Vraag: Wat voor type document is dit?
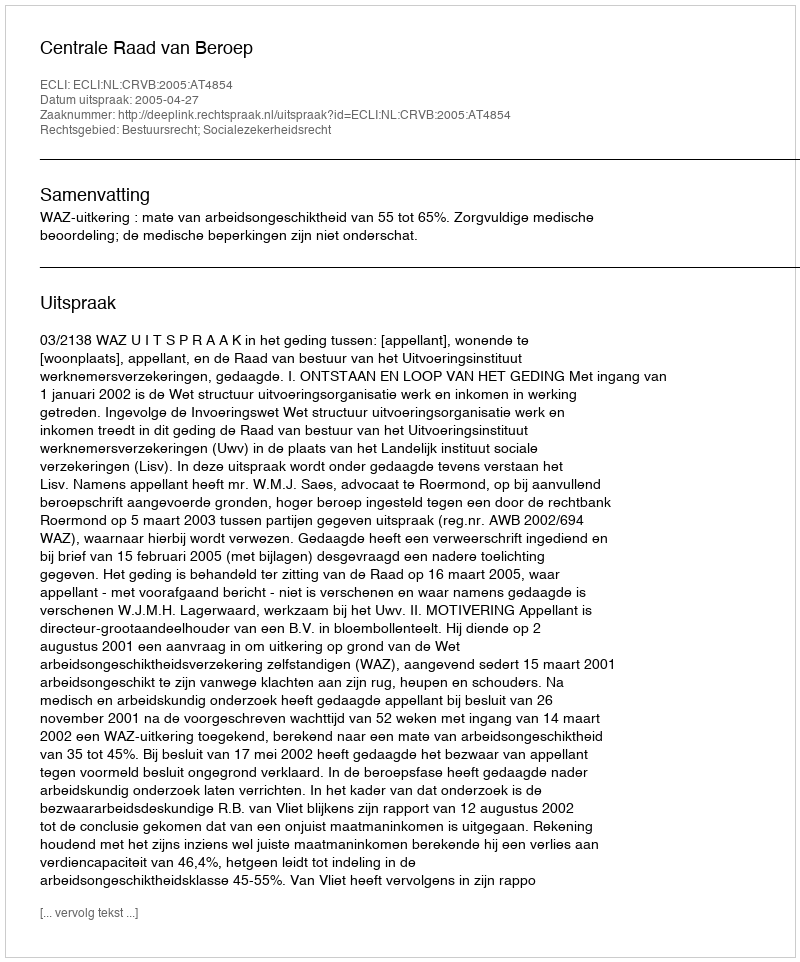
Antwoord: Uitspraak